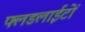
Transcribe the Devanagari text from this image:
फ्लडलाईटों